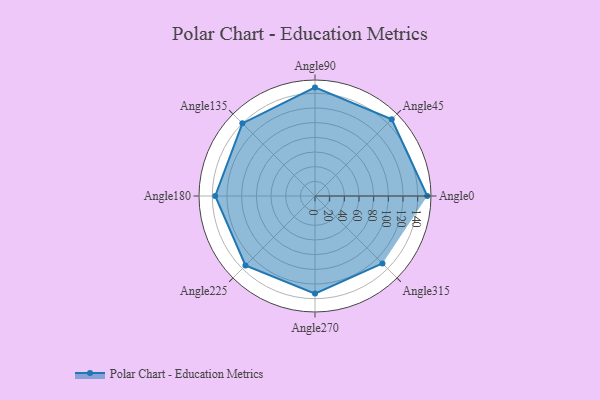
{"axis": {"x": "Angle", "y": "Radius"}, "legend": [""], "data": [{"x": "Angle0", "y": 153.0, "type": ""}, {"x": "Angle45", "y": 148.0, "type": ""}, {"x": "Angle90", "y": 148.0, "type": ""}, {"x": "Angle135", "y": 140.0, "type": ""}, {"x": "Angle180", "y": 136.0, "type": ""}, {"x": "Angle225", "y": 134.0, "type": ""}, {"x": "Angle270", "y": 133.0, "type": ""}, {"x": "Angle315", "y": 130.0, "type": ""}]}